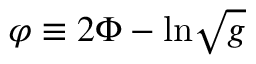
\varphi \equiv 2 \Phi - \mathrm { l n } \sqrt { g }